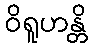
ဝိရူဟန္တိ